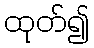
ထုတ်၍